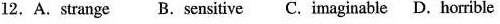
12.A.Strange B. Sensitive C. Imaginable D. Horrible